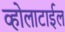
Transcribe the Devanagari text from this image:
व्होलाटाईल